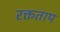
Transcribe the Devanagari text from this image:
रक्तताप